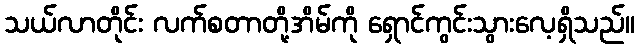
သယ်လာတိုင်း လက်စတာတို့အိမ်ကို ရှောင်ကွင်းသွားလေ့ရှိသည်။